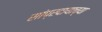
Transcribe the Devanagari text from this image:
सांप्रदायाच्या